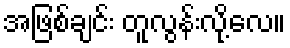
အဖြစ်ချင်း တူလွန်းလို့လေ။